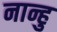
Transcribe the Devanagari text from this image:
नान्हु